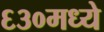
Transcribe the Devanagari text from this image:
६३०मध्ये